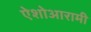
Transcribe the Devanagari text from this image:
ऐशोआरामी